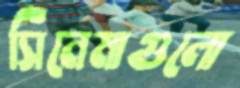
সিনেমাগুলো